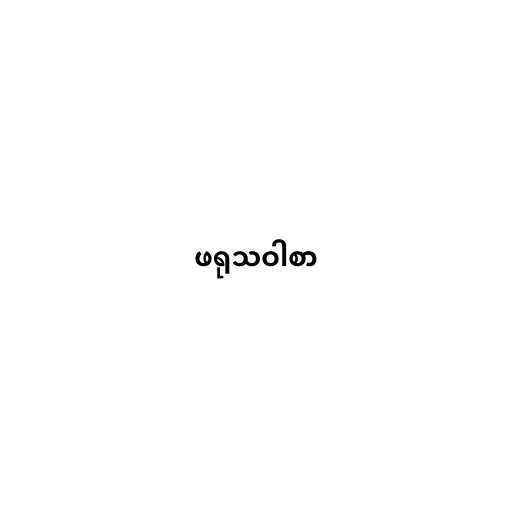
ဖရုသဝါစာ